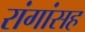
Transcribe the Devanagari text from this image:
रांगांसह